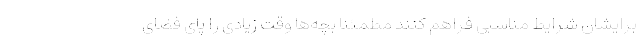
برایشان شرایط مناسبی فراهم کنند مطمئناً بچه‌ها وقت زیادی را پای فضای